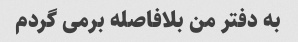
به دفتر من بلافاصله برمی گردم